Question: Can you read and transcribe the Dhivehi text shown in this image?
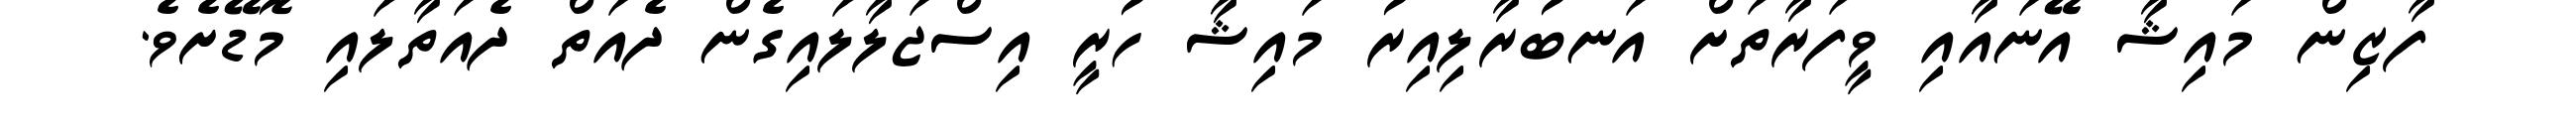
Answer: ފާޒިން މައިޝާ އޭނައާއި ވީފަރާތަށް އަނބުރާލިއިރު މައިޝާ ހުރީ އިސްޖަލާލައިގެން ދެއަތް ދެއަތާލައި މޮޑޭށެވެ.